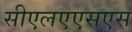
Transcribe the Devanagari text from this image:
सीएलएएसएस